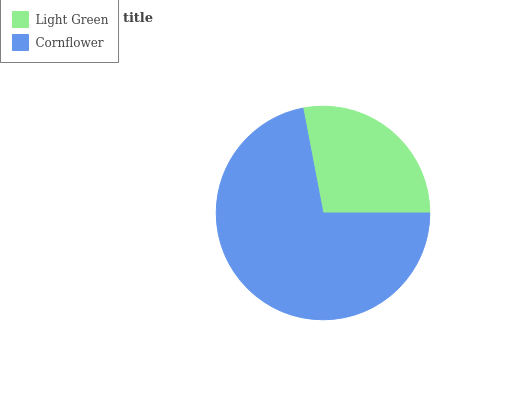
| Light Green | Cornflower |
 | --- | --- |
 | 28% | 72% |